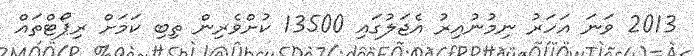
2013 ވަނަ އަހަރު ނިމުނުއިރު އެޖަލުގައި 13500 ކުށްވެރިން ތިބި ކަމަށް ރިޕޯޓްތައް